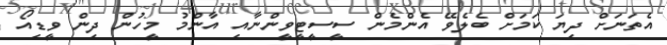
އެތަނަށް ދިޔަ ކަމަށް ބެލެވޭ އެންމެން ސީސީޓީވީންނާއި އާންމު މީހުން ދިން ވީޑިއޯ